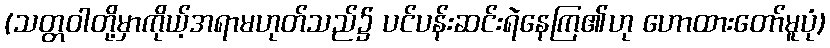
(သတ္တဝါတို့မှာကိုယ့်အရာမဟုတ်သည်၌ ပင်ပန်းဆင်းရဲနေကြ၏ဟု ဟောထားတော်မူပုံ)